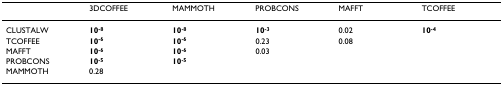
<table><thead><tr><td></td><td><b>3DCOFFEE</b></td><td><b>MAMMOTH</b></td><td><b>PROBCONS</b></td><td><b>MAFFT</b></td><td><b>TCOFFEE</b></td></tr></thead><tbody><tr><td>CLUSTALW</td><td><b>10</b><sup><b>-8</b></sup></td><td><b>10</b><sup><b>-8</b></sup></td><td><b>10</b><sup><b>-3</b></sup></td><td>0.02</td><td><b>10</b><sup><b>-4</b></sup></td></tr><tr><td>TCOFFEE</td><td><b>10</b><sup><b>-6</b></sup></td><td><b>10</b><sup><b>-6</b></sup></td><td>0.23</td><td>0.08</td><td></td></tr><tr><td>MAFFT</td><td><b>10</b><sup><b>-6</b></sup></td><td><b>10</b><sup><b>-6</b></sup></td><td>0.03</td><td></td><td></td></tr><tr><td>PROBCONS</td><td><b>10</b><sup><b>-5</b></sup></td><td><b>10</b><sup><b>-5</b></sup></td><td></td><td></td><td></td></tr><tr><td>MAMMOTH</td><td>0.28</td><td></td><td></td><td></td><td></td></tr></tbody></table>